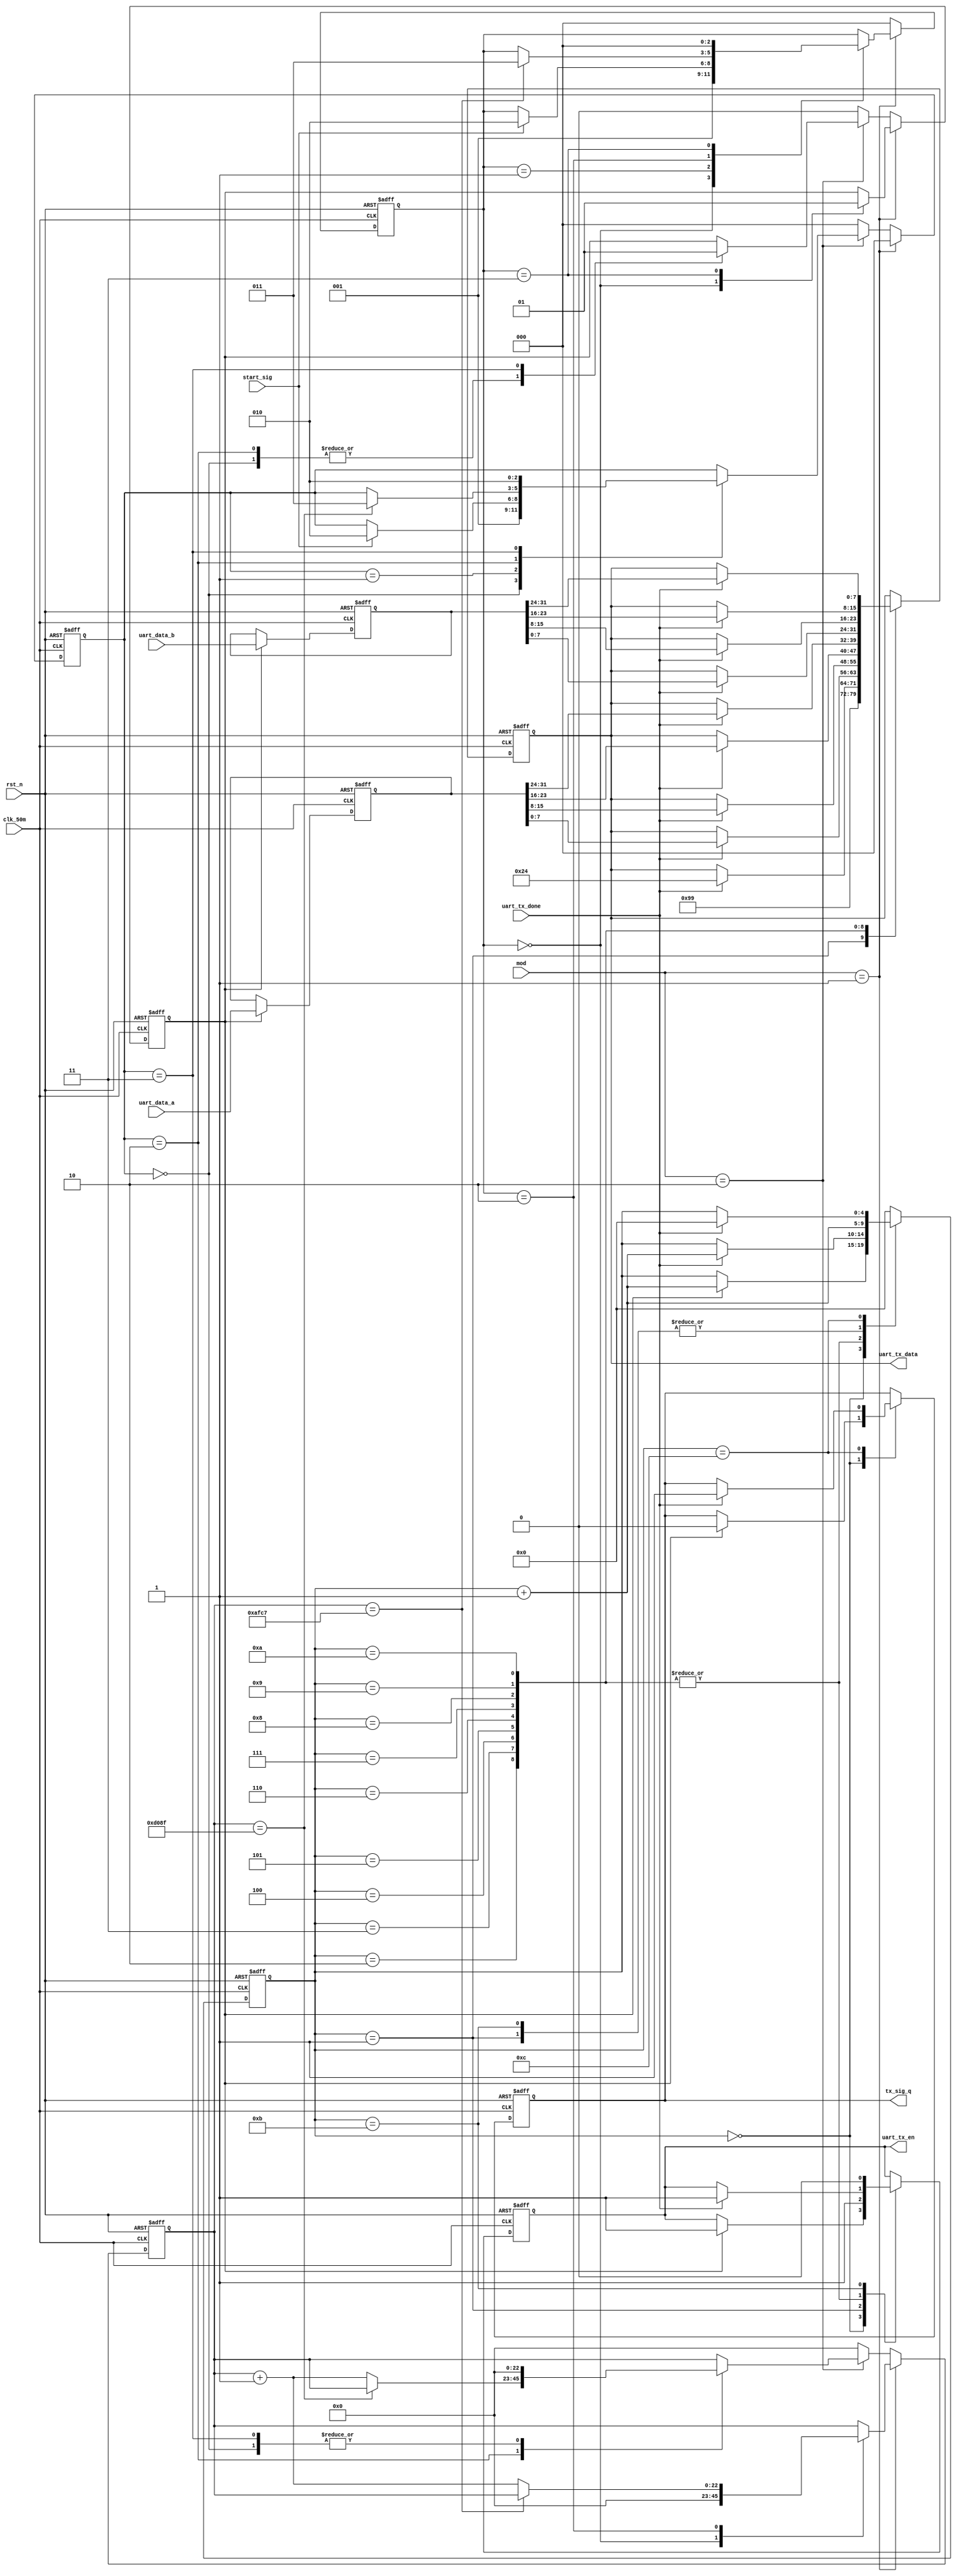
module uart_tx_control
(
	input 			clk_50m,
	input 			rst_n,
	input 			uart_tx_done,
   input 			start_sig,
	input  [31:0]	uart_data_a,
	input  [31:0]	uart_data_b,
	input  [1:0]	mod,
	output [7:0] 	uart_tx_data,
	output 			tx_sig_q,
	output 			uart_tx_en
);
parameter 			clk_pw_div_1 = 16'd44999;
parameter 			clk_pw_div_2 = 16'd249999;
reg [4:0] 			state;
reg [7:0] 			uart_tx_data_r;
reg 					tx_en_r;
reg  					tx_sig;
reg [31:0] 			uart_data_a_buf;
reg [31:0] 			uart_data_b_buf;
reg 					start_sig_buf;
reg [2:0] 			state_sweep;
reg [2:0] 			state_piont;
reg [22:0] 			clk_cnt;
always@(posedge clk_50m or negedge rst_n)
begin
	if(!rst_n)
	begin
		start_sig_buf <= 1'd0;
		state_sweep <= 3'd0;
		state_piont <= 3'd0;
		clk_cnt <= 23'd0;
	end
	else if(mod == 2'b01)//扫频
	begin
		state_piont <= 3'd0;
		case(state_sweep)
			3'd0:begin start_sig_buf<=1'd0; clk_cnt<=15'd0; state_sweep<=3'd1;end
			3'd1:begin if(start_sig) state_sweep<=2'd2;end
			3'd2:begin if(clk_cnt==clk_pw_div_1) state_sweep<=3'd3; else clk_cnt<=clk_cnt+23'd1;end
			3'd3:begin start_sig_buf<=1'd1; state_sweep<=3'd0; end
		endcase
	end
	else if(mod == 2'b10)//点频
	begin
		state_sweep <= 3'd0;
		case(state_piont)
			3'd0:begin start_sig_buf<=1'd0; clk_cnt<=15'd0; state_piont<=3'd1;end
			3'd1:begin if(start_sig) state_piont<=2'd2;end
			3'd2:begin start_sig_buf<=1'd0; if(clk_cnt==clk_pw_div_2) state_piont<=3'd3; else clk_cnt<=clk_cnt+23'd1;end
			3'd3:begin start_sig_buf<=1'd1; clk_cnt<=15'd0; state_piont<=3'd2; end
		endcase
	end
	else
	begin
		start_sig_buf <= 1'd0;
		state_sweep <= 3'd0;
		state_piont <= 3'd0;
		clk_cnt <= 15'd0;
	end
end

always@(posedge clk_50m or negedge rst_n)
begin
	if(!rst_n)
	begin
		uart_data_a_buf <= 28'd0;
		uart_data_b_buf <= 28'd0;
	end
	else if(start_sig_buf)
	begin
		uart_data_a_buf <= uart_data_a;
		uart_data_b_buf <= uart_data_b;
	end
end
always@(posedge clk_50m or negedge rst_n)
begin
	if(!rst_n)
	begin
		state <= 5'd0;
		tx_sig <= 1'd0;
		uart_tx_data_r <= 8'd0;
		tx_en_r <= 1'd0;
	end
	else
	begin
		case(state)
			5'd0:begin if(start_sig_buf)begin state<=state+1; tx_sig<=0; tx_en_r<=1; end end
			5'd1:begin uart_tx_data_r<=8'h99; tx_en_r<=1; state<=state+1; end
			5'd2:begin if(uart_tx_done) begin uart_tx_data_r<=8'h24; tx_en_r<=1; state<=state+1; end end
			5'd3:begin if(uart_tx_done) begin uart_tx_data_r<=uart_data_a_buf[7:0];  tx_en_r<=1; state<=state+1; end end
			5'd4:begin if(uart_tx_done) begin uart_tx_data_r<=uart_data_a_buf[15:8]; tx_en_r<=1; state<=state+1; end end
			5'd5:begin if(uart_tx_done) begin uart_tx_data_r<=uart_data_a_buf[23:16]; tx_en_r<=1; state<=state+1; end end
			5'd6:begin if(uart_tx_done) begin uart_tx_data_r<=uart_data_a_buf[31:24]; tx_en_r<=1; state<=state+1; end end
			5'd7:begin if(uart_tx_done) begin uart_tx_data_r<=uart_data_b_buf[7:0];  tx_en_r<=1; state<=state+1; end end
			5'd8:begin if(uart_tx_done) begin uart_tx_data_r<=uart_data_b_buf[15:8]; tx_en_r<=1; state<=state+1; end end
			5'd9:begin if(uart_tx_done) begin uart_tx_data_r<=uart_data_b_buf[23:16]; tx_en_r<=1; state<=state+1; end end
			5'd10:begin if(uart_tx_done) begin uart_tx_data_r<=uart_data_b_buf[31:24]; tx_en_r<=1; state<=state+1; end end
			5'd11:begin tx_en_r<=0; state<=state+1; end
			5'd12:begin if(uart_tx_done) begin tx_sig<=1; state<=5'd0;end end
			default:begin state <= 0; end
		endcase
	end
end
assign uart_tx_data = uart_tx_data_r;
assign uart_tx_en = tx_en_r;
assign tx_sig_q = tx_sig;
endmodule